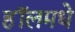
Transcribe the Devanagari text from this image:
हॉलमधे